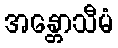
အန္တောသီမံ